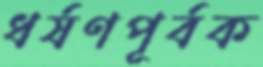
ধর্ষণপূর্বক